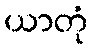
ယာတုံ